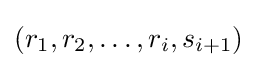
(r_{1},r_{2},\dots ,r_{i},s_{i+1})